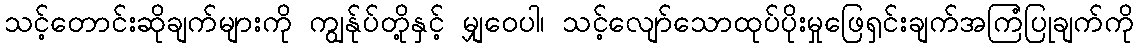
သင့်တောင်းဆိုချက်များကို ကျွန်ုပ်တို့နှင့် မျှဝေပါ၊ သင့်လျော်သောထုပ်ပိုးမှုဖြေရှင်းချက်အကြံပြုချက်ကို